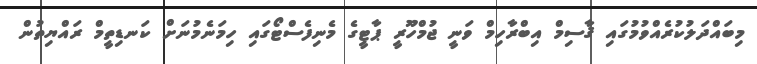
މިބައްދަލުކުރެއްވުމުގައި ޤާސިމް އިބްރާހިމް ވަނީ ޖުމްހޫރީ ޕާޓީގެ މެނިފެސްޓޯގައި ހިމަނެމުނަށް ކަނޑިތީމް ރައްޔިތުން